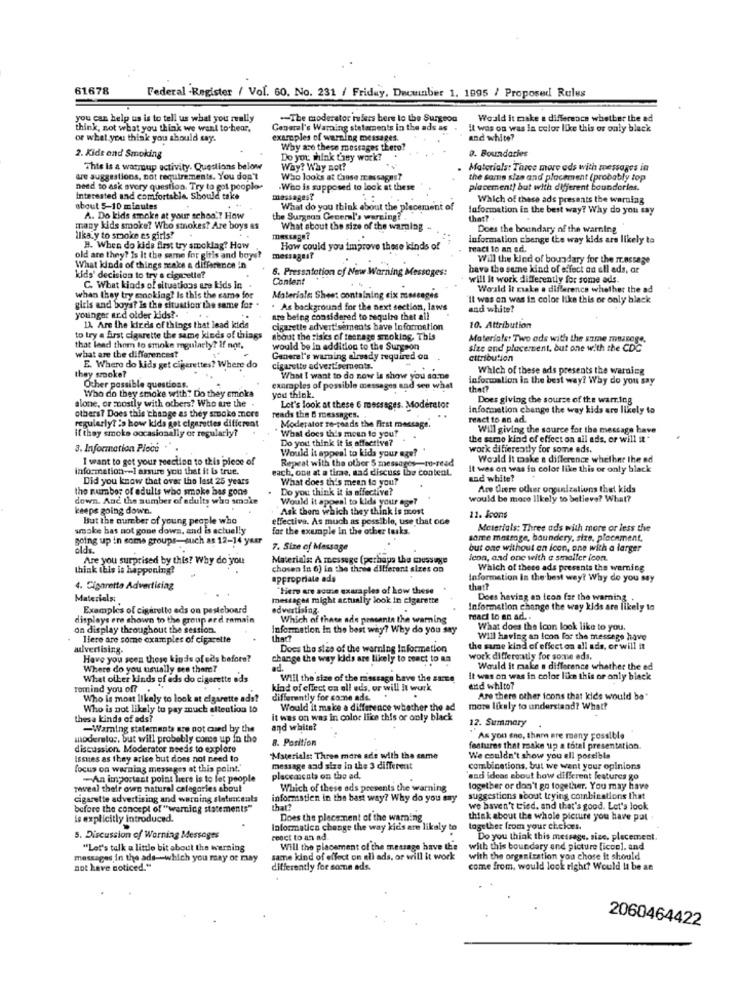
61678
Federal -Register / Vol. 60. No. 231 / Friday, Duewinber 1. 1995 / Proposed Rules
you can help us is to tell us what you really
-- The moderator rulers bere to the Surgeon
Would it make a difference whether the ad
think, not what you think we want to hear,
General's Warning statements in the ads as
it was on was in color like this or only black
or what you think you should say.
examples of warziing messages.
and white?
Why are these messages the
9. Boundaries
2. Kids and Smoking
Do you think they work?
This is a warmup activity. Questions below
Why? Why not?
Materials: Three more eds with messages in
are suggestions, not requirements. You don't
Who looks at Caose rr essagas?
the same size and placement (probably top
need to ask avery question. Try to gol pooplo-
.Who is supposed to look at these
placement) but with different boundaries.
Interested and comfortable. Should take
messages?
Which of thece ads presents the warning
about 5-10 minutes
What do you think about the placement of
Information in the best way? Why do you say
A. Do kids smoke at your school? How
the Surgnas General's werning?
that?
many kids smoke? Who smokes? Are boys as
What about the size of the warning
Does the boundary of the warning
ilkay to smoke es girls?
message?
information change the way kids ars likely to
H. When do kids first try smocklag? How
How could you improve these kinds of
react to an ed.
old are they? Is It the same for gitis and boys?
messages?
Will the kind of boundary for the Ir.nstage
What kinds of things make a difference in
6. Pressatetion of New Warning Messages:
have the same kind of effect on all ads, ar
kids' decision to try a cigarette?
Content
will It work differently for some ads.
C. What kinds of situations are kids In
World it make a difference whether the ad
when they try cooking? Is this the same for
Materials Sheet containing cix messages
Il was on was in color like this or only black
girls and boys? Is the situation the same for
younger ard older kids ?.
. As background for the next section, laws
and white?
are being considered to sequire thet all
1). Are the kir ds of things that lead kids
cigarette advertisements bave Information
10. Attribution
to try a first cigarette the same kinds of things
about the risks of teenage smoking. This
Materials: Two ods with the same muzcoge,
that lead them to smoke mgularly? if not,
would be In addition to the Surgeon
size and placement, but one with the CDC
what are the differences?
Generel's warning already required ou
attribution
E. Where do kids get cigarettes? Where do
cigarette advertisements.
Which of these ads presents the warning
they smoke?
What I want to do now is show you so.De
information is the best way? Why do you say
Other possible questions.
Who do they smoke with? Do they emoka
you think.
examples of possible messages and see what
that?
alone, or mostly with others? Who are the
Does giving the source of the warring
others? Does this change as they smoke more
Let's look at these 6 messages. Moderator
information change the way kids are likely to
regularly? is how kids got cigarettes different
reads the & messages.
react to an ad.
if they smoke occasionally of regularly?
Moderator re-roads the First message.
What does this mean to you?
Will giving the source for the message have
Do you think it is affective?
the same kind of effect on ail ads, or will a *
3. Information Ploce
Would it appeal to kids your age?
work difiercatly for some eds.
I want to get your reaction to this piece of
Repeat with the other 5 messages -- to-read
Woald It make a difference whether the ad
information -- I assure you that it bs true.
each, one at a time, sad discuss the content.
il wes on was in color like this or only black
Did you know that over the last 25 years
What does this mean to you?
and white?
the number of adults who smoke has gone
Do you think it is affective?
Are Diere other organizations that kids
down. And the number of adults who smoke
Would it appeal to kids your age?
would be more likely to believe? What?
keeps going down.
Ask them which they think is most
But the number of young people who
effective. As much as possible, use that one
11. Icons
smoke has not gone down, and is actuelly
for the exemple In the other tasks.
Meterials: Three ads with more or less tive
going up in come groups-such as 12-14 yeer
same massage, baundery, size, placement,
elds.
7. Size of Message
but one without an icon, one with a larger
Are you surprised by this? Why do you
Materials: A message (perhaps the message
Icon, and one with a smaller icon.
think this is happening?
chosen In 6) in the three different sizes on
Which of these ads presents the warning
appropriate ads
Information In the best way? Why do you say
4. Cigarette Advertising
"Hier ar scene exaraples of Low these
that?
Materials:
messages might actually look in cigarette
Does having an leon far the warning
Examples of cigaretto eds on pesteboard
advertising
Information change the way kids are likely to
displays ere chown to the group ard romain
Which of these ade presente the warning
react to an ad. .
on display throughout the session.
Information In the best why? Why do you say
What does the Icon look like to you.
Here are some examples of cigarette
thect
Will having an Icon for the message have
advertising.
Does the size of the warning Informetion
the same kind of effect on all ads, or will it
Have you seen these kinds of cas before?
change the way kids are likely to react to an
work differently for some eds,
Where do you usually see them?
ad.
Would it make a difference whether the ed
What other kinds of eds do cigarette ads
Will the size of the massage have the surce
It was on was in color like this or only black
romind you of?
kind of ellect ca all eds, or will it work
entd whito?
Who is most likely to look at cigarette ads?
differently for come ade.
Are there other icons that kids would be"
Who is not likely to pay much attention to
Would it maice a difference whether the ad
more likely to understand? What?
thesa kinds of ads?
it was on was in color like this or only black
12. Summary
-Warning statements are not cued by the
and white?
moderator, but will probably come up in the
8. Position
As you gne, them are many possible
discussion. Moderator needs to explore
features that make up a total presentation.
Issues as they arise but does not need to
Materials: Three more ade with the came
We couldn't show you all porsible
focus on warniag messeges at this point.'
message and size in the 3 different
combinations, but we went your opinions
-An important point liere is to let people
placeascats on the ad.
'and ideas about how different features go
wwwveal their own natural categories about
Which of these ads presents the warning
together or don't go together. You may have
cigarette advertising and warning sletunceals
informatien in the bast way? Why do you say
suggestions noout trying combinations that
before the concept of "warning statements"
that?
we haven't tried, and that's good. Let's look
is explicitly introduced.
Does the placement of the warning
think about the whole picture you have pat .
Informatica change the way kids are likely to
together from your choices.
5. Discussion of Warning Messoges
react to an ad
Do you think this message, size, placement.
"Let's talk a little bit about the warning
Will the placement of the message have the
with this boundary and picture [icon], and
messages in the ads-which you may or may
same kind of effect on eli ads, or will it work
with the organization you chose it should
not have noticed."
differently for somne ads.
come from, would look right? Would It be an
2060464422